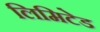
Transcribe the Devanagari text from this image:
लिमिटेड